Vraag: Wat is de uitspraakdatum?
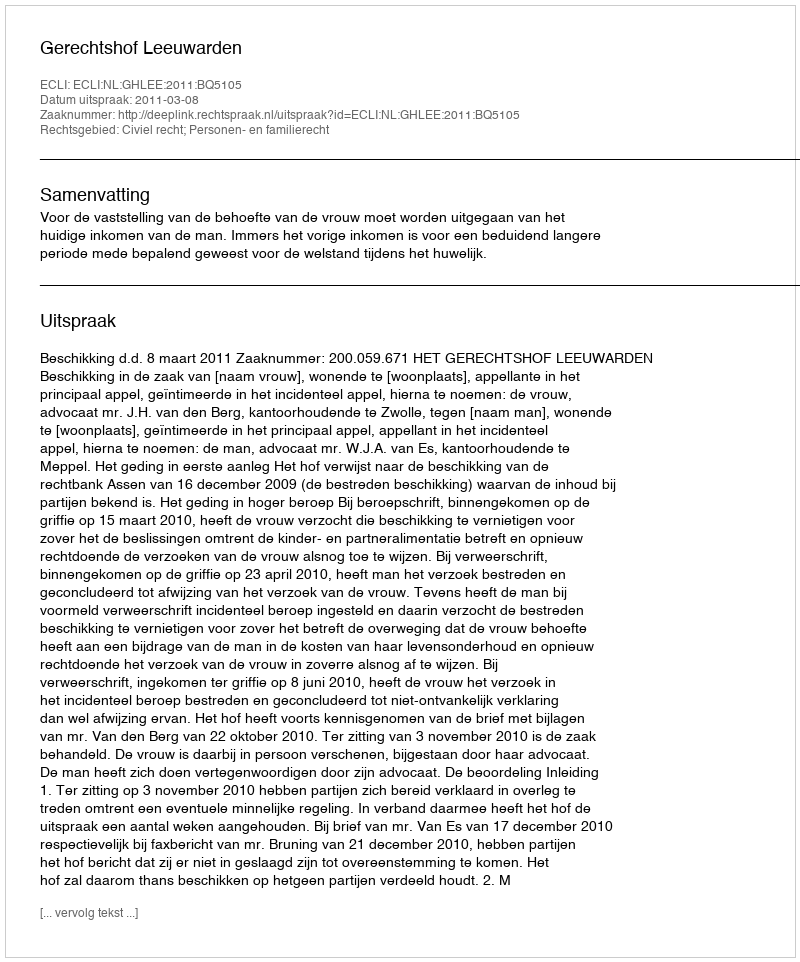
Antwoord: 2011-03-08